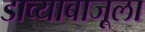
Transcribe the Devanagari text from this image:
डाव्याबाजूला